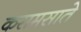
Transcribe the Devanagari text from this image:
कसमसाते